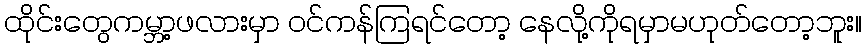
ထိုင်းတွေကမ္ဘာ့ဖလားမှာ ဝင်ကန်ကြရင်တော့ နေလို့ကိုရမှာမဟုတ်တော့ဘူး။